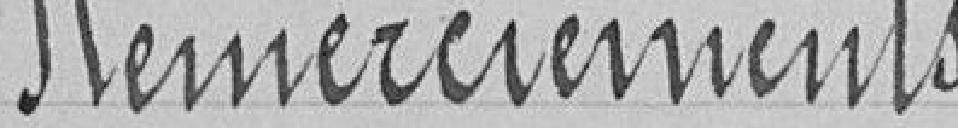
Remerciements